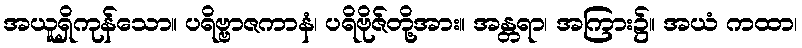
အယူရှိကုန်သော။ ပရိဗ္ဗာဇကာနံ၊ ပရိဗိုဇ်တို့အား။ အန္တရာ၊ အကြား၌။ အယံ ကထာ၊